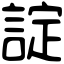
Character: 諚